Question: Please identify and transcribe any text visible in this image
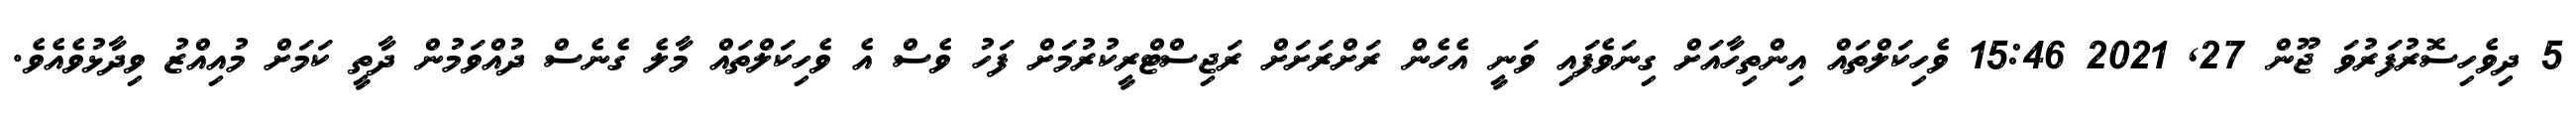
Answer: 5 ދިވެހިސޮރުފަރުވަ ޖޫން 27, 2021 15:46 ވެހިކަލްތައް އިންތިހާއަށް ގިނަވެފައި ވަނީ އެހެން ރަށްރަށަށް ރަޖިސްޓްރީކުރުމަށް ފަހު ވެސް އެ ވެހިކަލްތައް މާލެ ގެނެސް ދުއްވަމުން ދާތީ ކަމަށް މުއިއްޒު ވިދާޅުވެއެވެ.